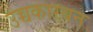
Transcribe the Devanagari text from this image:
उच्चकारबन